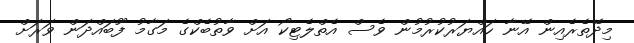
މިދޭތެރެއިން އޭނާ ހައްޔަރުކުރުމުން ވެސް އެތްލެޓިކޯ އަށް ވާތުބެކްގެ މަގާމު ފޫބައްދަން ވަރަށް